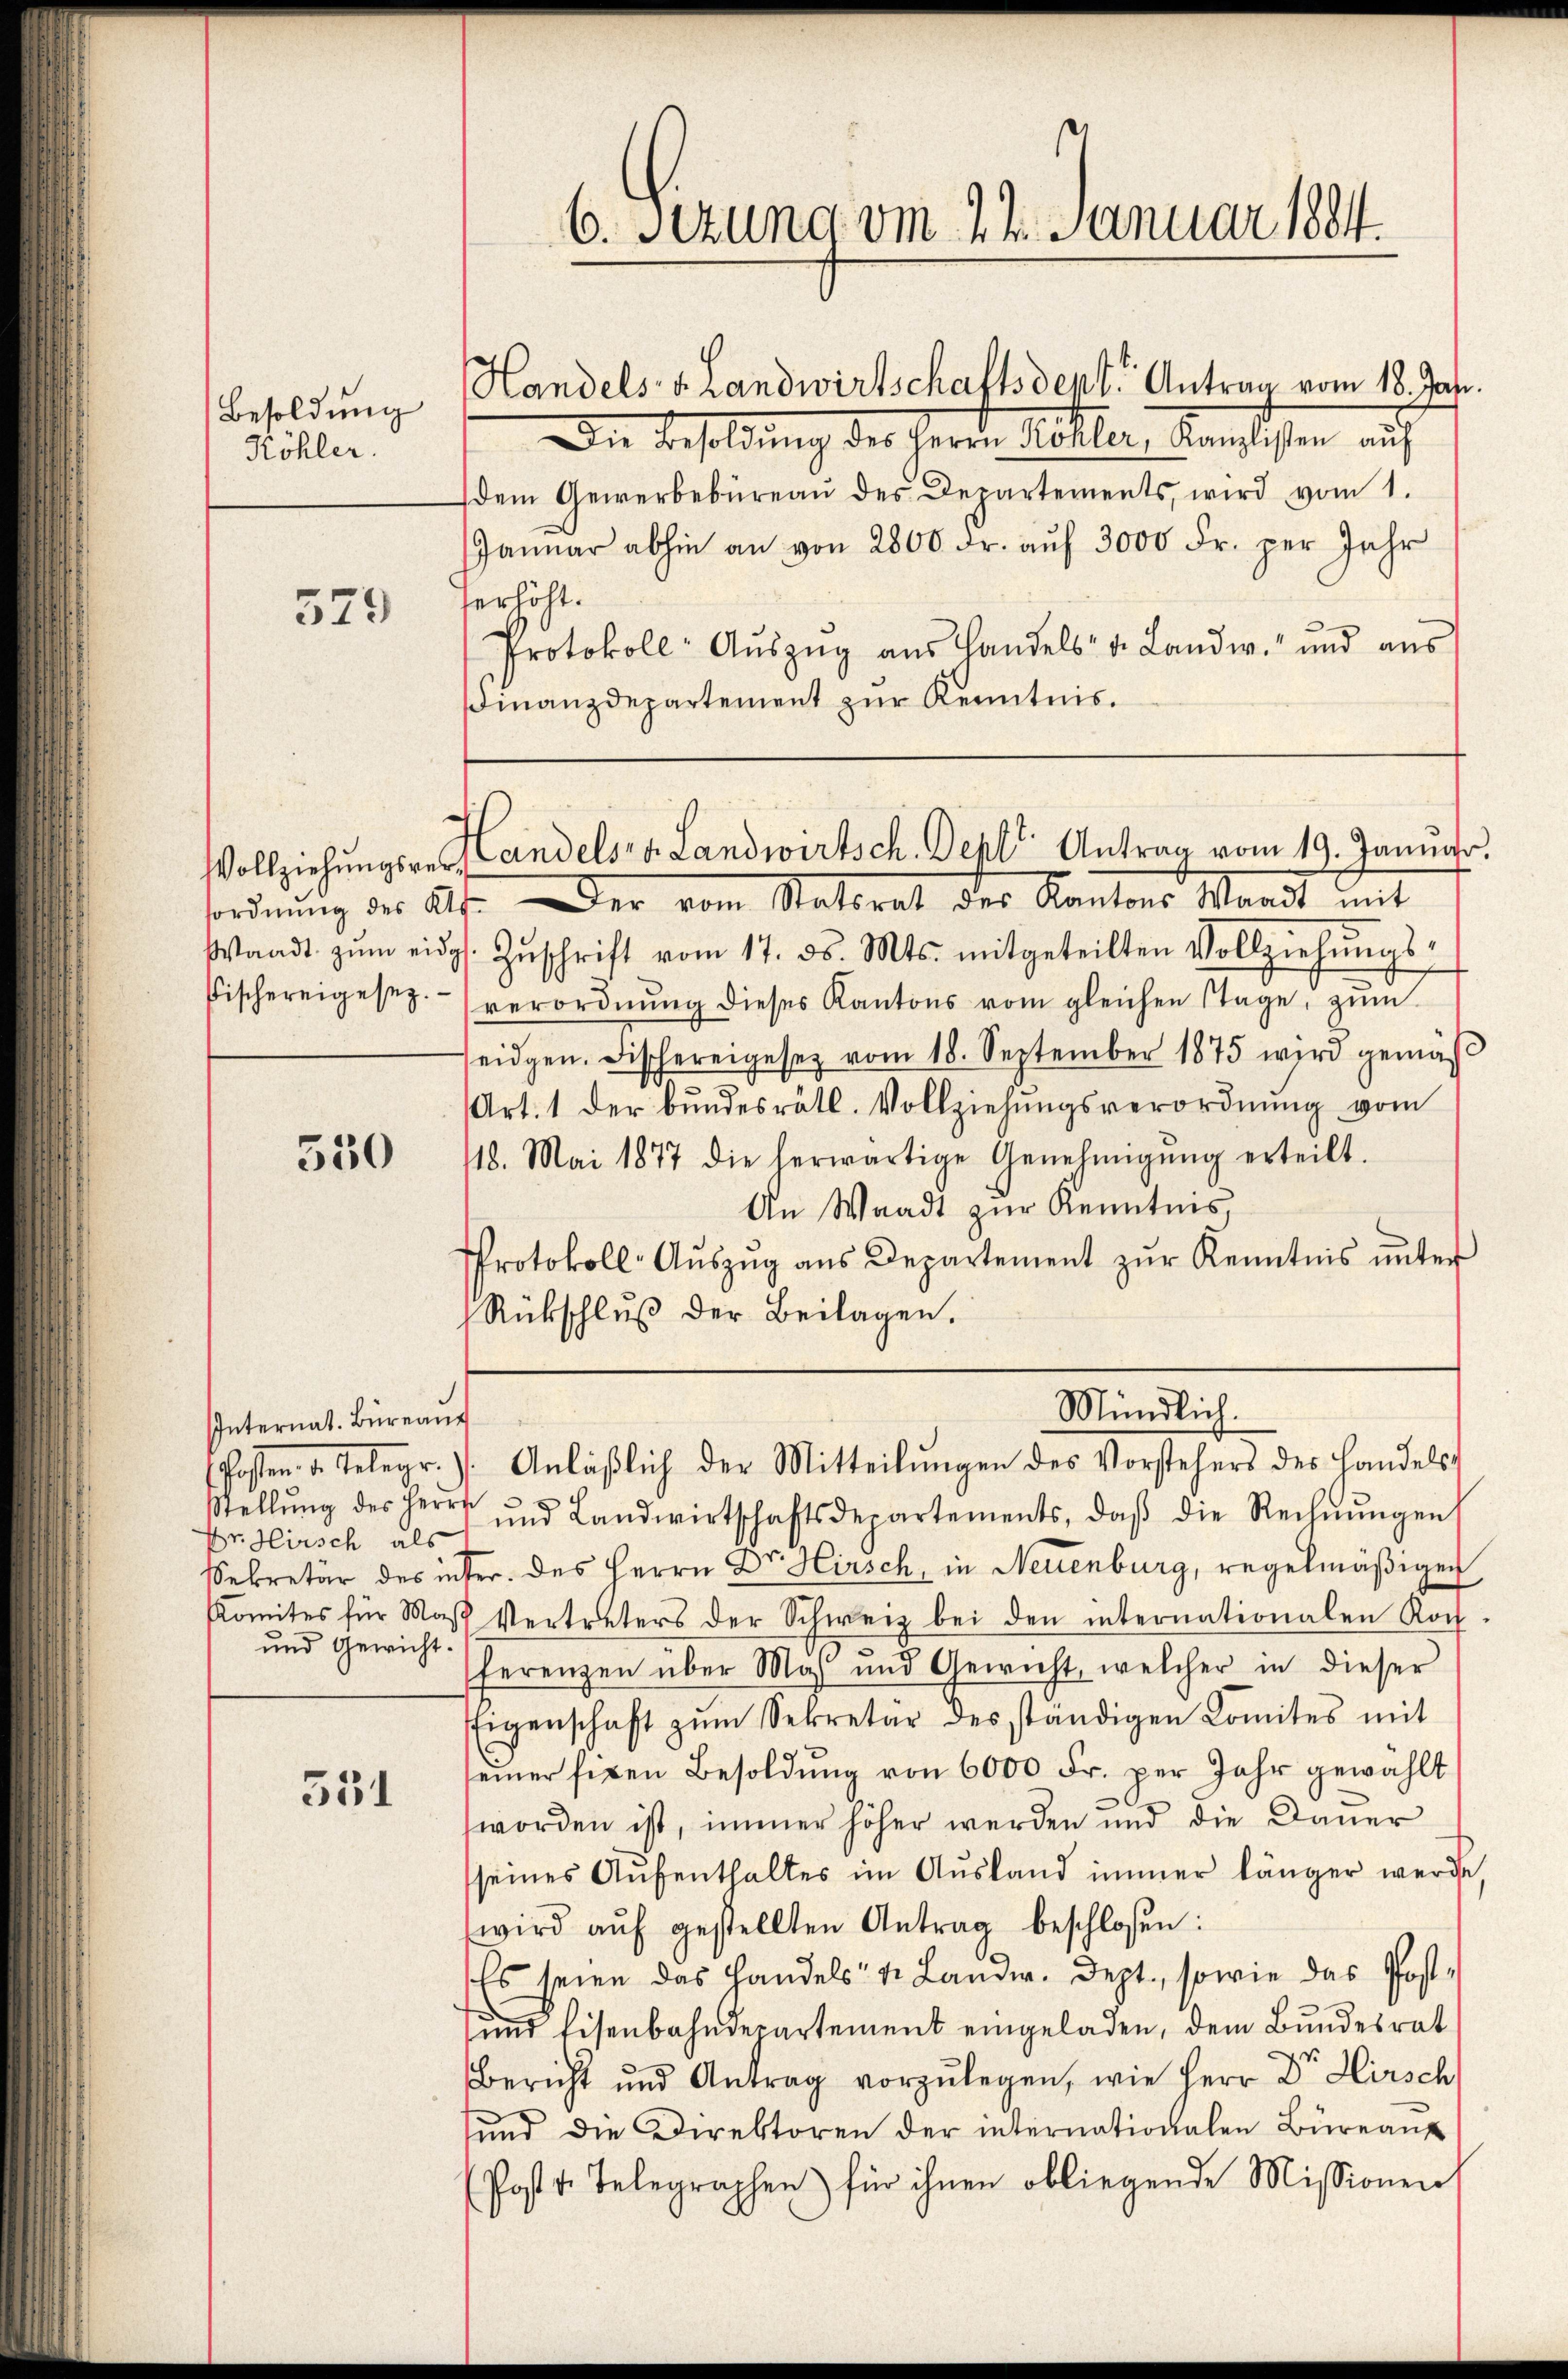
Besoldung
Köhler.

579

Fischereigesez.

350

Internat. Büreaŭf
fosten 1. Seegr
Stellung des Herr
Dr. Hirsch als
Sekretär des in
Komites für Mas
und Gewicht.

351

Die Besoldung des Herrn Schler, Kanzlisten auch
dem Gewerbebüreaŭ des Departements, wird vom 1.
Janŭar abhin an von 2800 Fr. aŭf 3000 Fr. per Jahr
serhöht.
Protokoll- Aŭszŭg aŭs Handels v. Landw. und aŭs
Finanzdepartement zur Kenntnis.

6. Setzung vom 24. Januar 1884.

sordnung des Alte. Der vom Statorat des Kantons Waadt mit
Waadt zŭm eidg. Zŭschrift vom 17. ds. Mts. mitgeteilten Vollziehŭngs-
verordnŭng dieses Kantons vom gleichen Stage, zŭm
seidgen. Fischereigesetz vom 18. September 1875 wird gemäβ
Art. 1 der bundesrätl. Vollziehŭngsverordnŭng vom
18. Mai 1877 die herwärtige Genehmigŭng erteilt.
An Waadt zur Kenntnis
Protokoll-Aŭszŭg ans Departement zŭr Kenntnis ŭnter
Rückschluß der Beilagen.
 ŭnd Landwirtschaftsdepartements, daβ die Rechnŭngen
Fer. des Herrn Dr. Hirsch, in Neuenburg, regelmäßigen
s Vertreters der Schweiz bei den internationalen Rochferenzen über Mas und Gewicht, welcher in dieser
EEigenschaft zŭm Sekretär des ständigen Komites mit
seiner fixen Besoldŭng von 6000 Fr. per Jahr gewählt
worden ist, immer höher werden und die Dauer
seines Aŭfenthaltes im Ausland immer länger werde
wird aŭf gestellten Antrag beschlossen:
Es seien das Handels- & Lander. Dept, sowie das Post¬
und Eisenbahndepartement eingeladen, dem Bundesrat
Bericht und Antrag vorzulegen, wie Herr Dr Hirsch
sund die Direktoren der internationalen Büreaŭ
Post v. Telegraphen für ihnen obliegende Missionen

Vollziehungsrer Candels v. Landwirtsch. Depft. Antrag vom 19. Januar,

Handels v. Landwirtschaftsdest. Antrag vom 18. Jahr.

Mündlich.
Anläßlich der Mitteilungen des Vorstehers des Handels¬